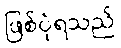
ဖြစ်ပုံရသည်